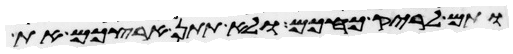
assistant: ותם לריק כחכם ולא תתן ארצכם את